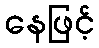
နေဖြင့်